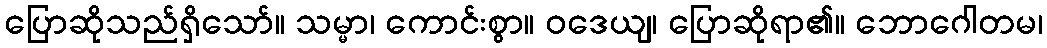
ပြောဆိုသည်ရှိသော်။ သမ္မာ၊ ကောင်းစွာ။ ဝဒေယျ၊ ပြောဆိုရာ၏။ ဘောဂေါတမ၊